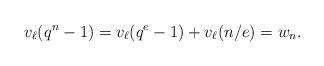
LaTeX: \begin{align*} v_\ell(q^n - 1) = v_\ell(q^e - 1) + v_\ell(n/e) = w_n.\end{align*}